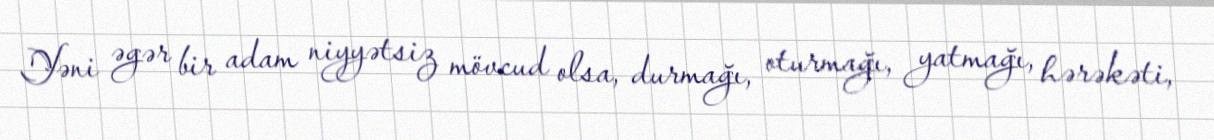
Yəni əgər bir adam niyyətsiz mövcud olsa, durmağı, oturmağı, yatmağı, hərəkəti,